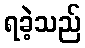
ရခဲ့သည်